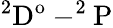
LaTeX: \mathrm{^2D^{o}-^{2}P}